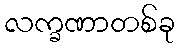
လက္ခဏာတစ်ခု